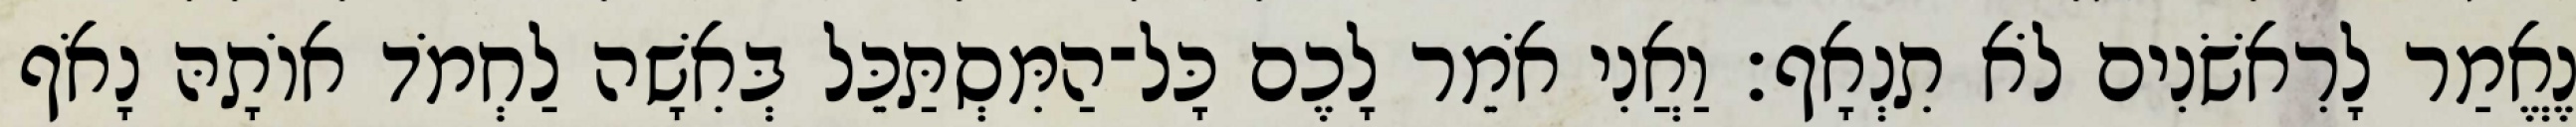
נֶאֱמַר לָרִאשֹׁנִים לֹא תִנְאָף׃ וַאֲנִי אֹמֵר לָכֶם כָּל־הַמִּסְתַּכֵּל בְּאִשָׁה לַחְמֹד אוֹתָהּ נָאֹף